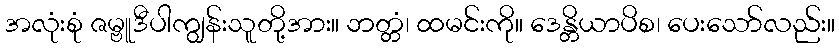
အလုံးစုံ ဇမ္ဗူဒီပါကျွန်းသူတို့အား။ ဘတ္တံ၊ ထမင်းကို။ ဒေန္တိယာပိစ၊ ပေးသော်လည်း။